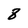
Character: 8